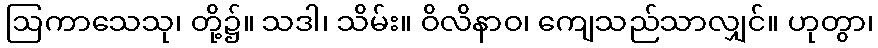
ဩကာသေသု၊ တို့၌။ သဒါ၊ သိမ်း။ ဝိလိနာဝ၊ ကျေသည်သာလျှင်။ ဟုတွာ၊